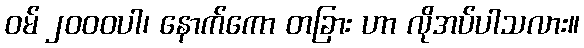
ဝမ် ၂၀၀၀ပါ၊ နောက်ကော တခြား ဟာ လိုအပ်ပါသလား။